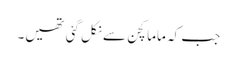
جب کہ ماما کچن سے نکل گئی تھیں۔